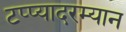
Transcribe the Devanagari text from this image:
टप्प्यादरम्यान